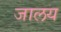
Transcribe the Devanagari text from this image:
जालय